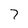
Character: 7